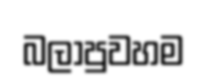
බලාපුවහම